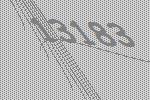
13183